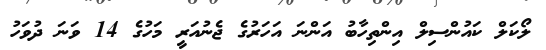
ލޯކަލް ކައުންސިލް އިންތިހާބު އަންނަ އަހަރުގެ ޖެނުއަރީ މަހުގެ 14 ވަނަ ދުވަހު